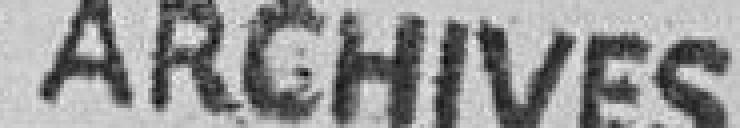
ARCHIVES